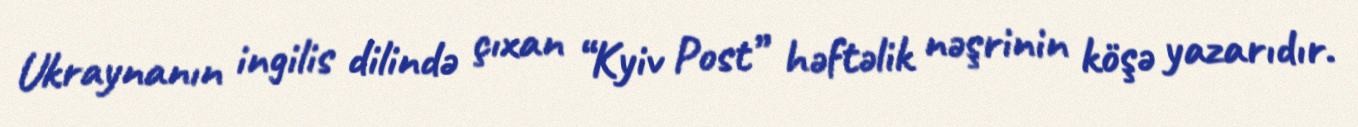
Ukraynanın ingilis dilində çıxan “Kyiv Post” həftəlik nəşrinin köşə yazarıdır.